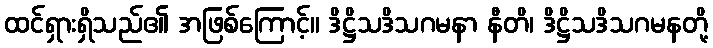
ထင်ရှားရှိသည်၏ အဖြစ်ကြောင့်။ ဒိဋ္ဌိသဒိသဂမနာ နီတိ၊ ဒိဋ္ဌိသဒိသဂမနတို့